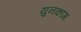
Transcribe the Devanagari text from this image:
युनकांग